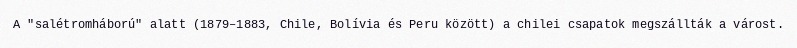
A "salétromháború" alatt (1879–1883, Chile, Bolívia és Peru között) a chilei csapatok megszállták a várost.